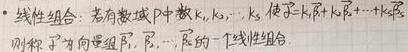
- 线性组合：若有数域 $P$ 中数 $k_1,k_2,\cdots,k_s$，使得 $\vec{\alpha}=k_1\vec{\beta}_1 + k_2\vec{\beta}_2+\cdots + k_s\vec{\beta}_s$，则称 $\vec{\alpha}$ 为向量组 $\vec{\beta}_1,\vec{\beta}_2,\cdots,\vec{\beta}_s$ 的一个线性组合。